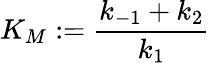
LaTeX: K_{M}:=\frac{k_{-1}+k_{2}}{k_{1}}